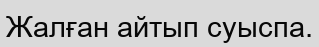
Жалған айтып суыспа.